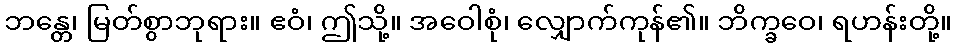
ဘန္တေ၊ မြတ်စွာဘုရား။ ဧဝံ၊ ဤသို့။ အဝေါစုံ၊ လျှောက်ကုန်၏။ ဘိက္ခဝေ၊ ရဟန်းတို့။